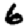
Digit: 6